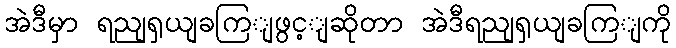
အဲဒီမှာ ရညျရှယျခကြျဖွင့ျဆိုတာ အဲဒီရညျရှယျခကြျကို